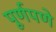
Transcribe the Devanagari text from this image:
पूूर्णपणे